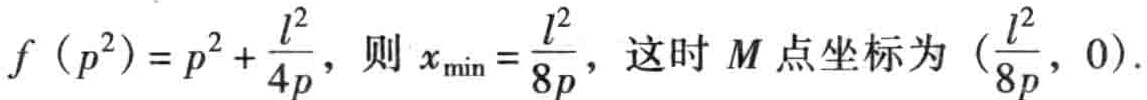
$f\left(p^{2}\right)=p^{2}+\frac{l^{2}}{4p}，则x_{\min}=\frac{l^{2}}{8p}，这时M点坐标为\left(\frac{l^{2}}{8p},0\right).$